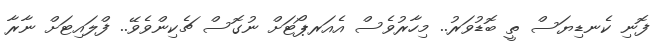
ފޮނި ކެނޑިޔަސް ތީ ބޮޑުވަރު.. މިހާރުވެސް އެއަރޕޯޓަށް ނުގޮސް ޗެކިންވެވޭ.. ފްލައިޓަށް ނާރާ